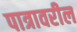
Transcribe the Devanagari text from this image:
पात्रावरील